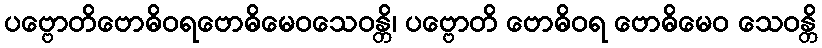
ပဗ္ဗောတိဗောဓိဝရဗောဓိမေဝသေဝန္တိ၊ ပဗ္ဗောတိ ဗောဓိဝရ ဗောဓိမေဝ သေဝန္တိ